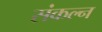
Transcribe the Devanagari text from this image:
संकल्न